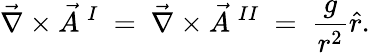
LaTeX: \vec{\nabla}\times\vec{A}~^{I}~=~\vec{\nabla}\times\vec{A}~^{II}~=~{\frac{g}{r^{2}}}\hat{r}.